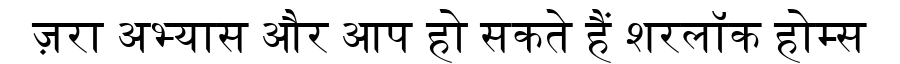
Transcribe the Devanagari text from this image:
ज़रा अभ्यास और आप हो सकते हैं शरलॉक होम्स